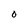
Character: O